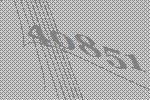
40851